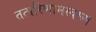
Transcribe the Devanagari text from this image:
तत्परिणामस्वरूप